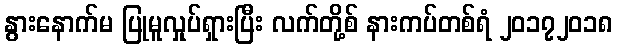
နွားနောက်မ ပြုမူလှုပ်ရှားပြီး လက်တို့စ် နားကပ်တစ်ရံ ၂၀၁၇၂၀၁၈